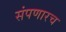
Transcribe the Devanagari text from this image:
संपणारच